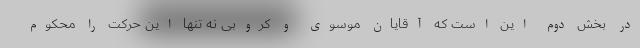
در بخش دوم این است که آقایان موسوی و کروبی نه تنها این حرکت را محکوم